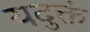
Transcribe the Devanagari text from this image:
यदुक्तं